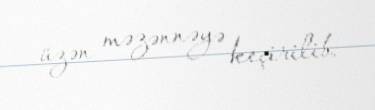
üzən məzənnəyə keçirilib.